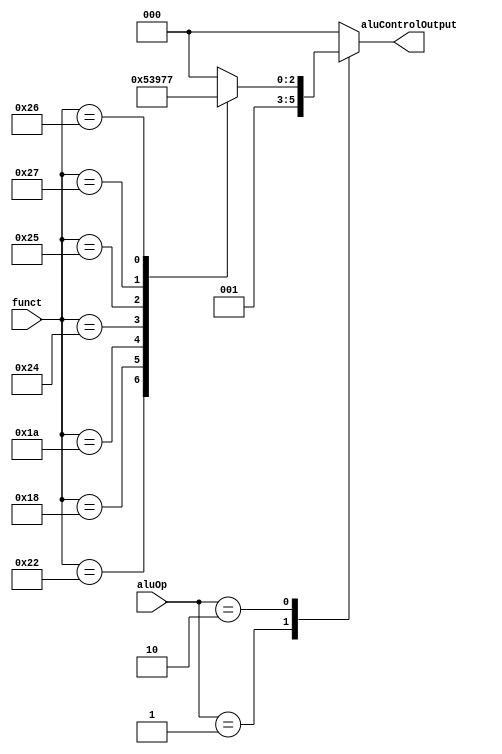
module alu_control(
    input [5:0] funct,
    input [1:0] aluOp,
    output reg [2:0] aluControlOutput
    );
    
    localparam add   = 6'b100000,
               sub   = 6'b100010,
               mult  = 6'b011000,
               div   = 6'b011010,
               andOp = 6'b100100,
               orOp  = 6'b100101,
               norOp = 6'b100111,
               xorOp = 6'b100110,
               sll   = 6'b000000,
               srl   = 6'b000001;
     
    always @ (*)
        begin
        case (aluOp)
            2'b00: aluControlOutput = 3'b000; //provide add
            2'b01: aluControlOutput = 3'b001; //provide sub
            2'b10: begin
                   case (funct)
                        add   : aluControlOutput = 3'b000;
                        sub   : aluControlOutput = 3'b001;
                        mult  : aluControlOutput = 3'b010;
                        div   : aluControlOutput = 3'b011;
                        andOp : aluControlOutput = 3'b100;
                        orOp  : aluControlOutput = 3'b101;
                        norOp : aluControlOutput = 3'b110;
                        xorOp : aluControlOutput = 3'b111;
                        //sll   : aluControlOutput = 4'b1000;
                        //srl   : aluControlOutput = 4'b1001;
                        default : aluControlOutput = 3'b000;
                        endcase
                   end
             default: aluControlOutput = 3'b000;
            endcase
        end
endmodule